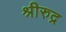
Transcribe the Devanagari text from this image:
श्रीरुद्र